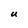
Character: U